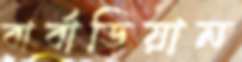
বার্বাডিয়ান